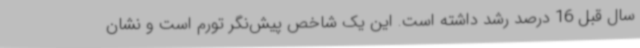
سال قبل 16 درصد رشد داشته است. این یک شاخص پیش‌نگر تورم است و نشان